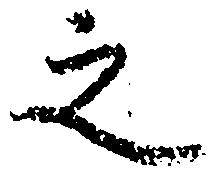
之